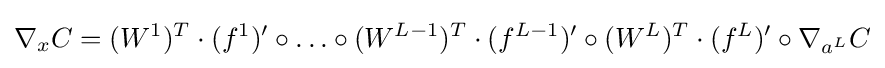
\nabla _{x}C=(W^{1})^{T}\cdot (f^{1})'\circ \ldots \circ (W^{L-1})^{T}\cdot (f^{L-1})'\circ (W^{L})^{T}\cdot (f^{L})'\circ \nabla _{a^{L}}C